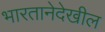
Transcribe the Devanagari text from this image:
भारतानेदेखील